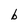
Character: b